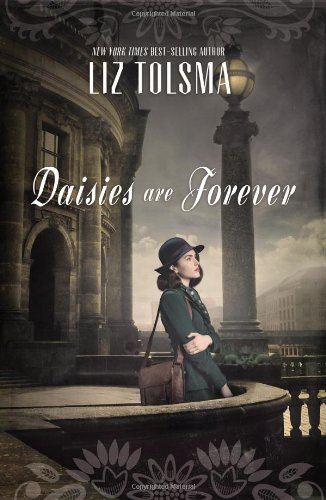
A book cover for Daisies Are Forever; Liz Tolsma; Romance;